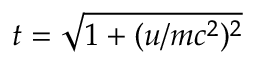
t = \sqrt { 1 + ( u / m c ^ { 2 } ) ^ { 2 } }